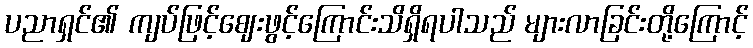
ပညာရှင်၏ ကျပ်ဖြင့်ဈေးဖွင့်ကြောင်းသိရှိရပါသည် များလာခြင်းတို့ကြောင့်